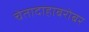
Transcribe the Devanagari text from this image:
चेतादाहाबरोबर